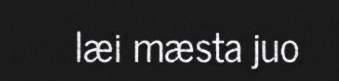
læi mæsta juo